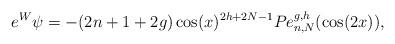
LaTeX: \begin{align*}e^W \psi = -(2n+1+2g) \cos(x)^{2h+2N-1} Pe_{n,N}^{g,h}(\cos(2x)) ,\end{align*}